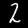
Label: 2